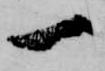
一